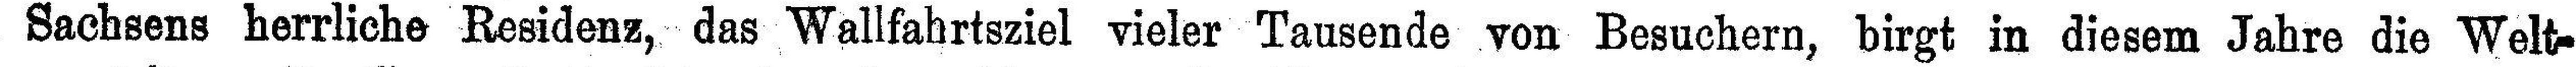
Sachsens herrliche Residenz, das Wallfahrtsziel vieler Tausende von Besuchern, birgt in diesem Jahre die Welt¬